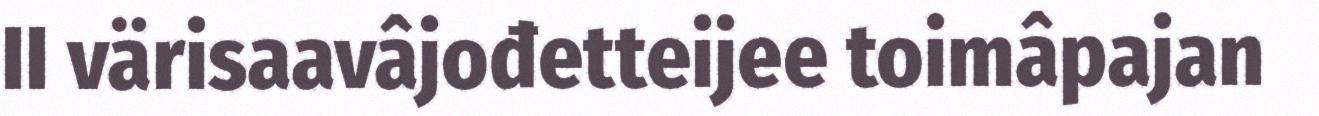
II värisaavâjođetteijee toimâpajan